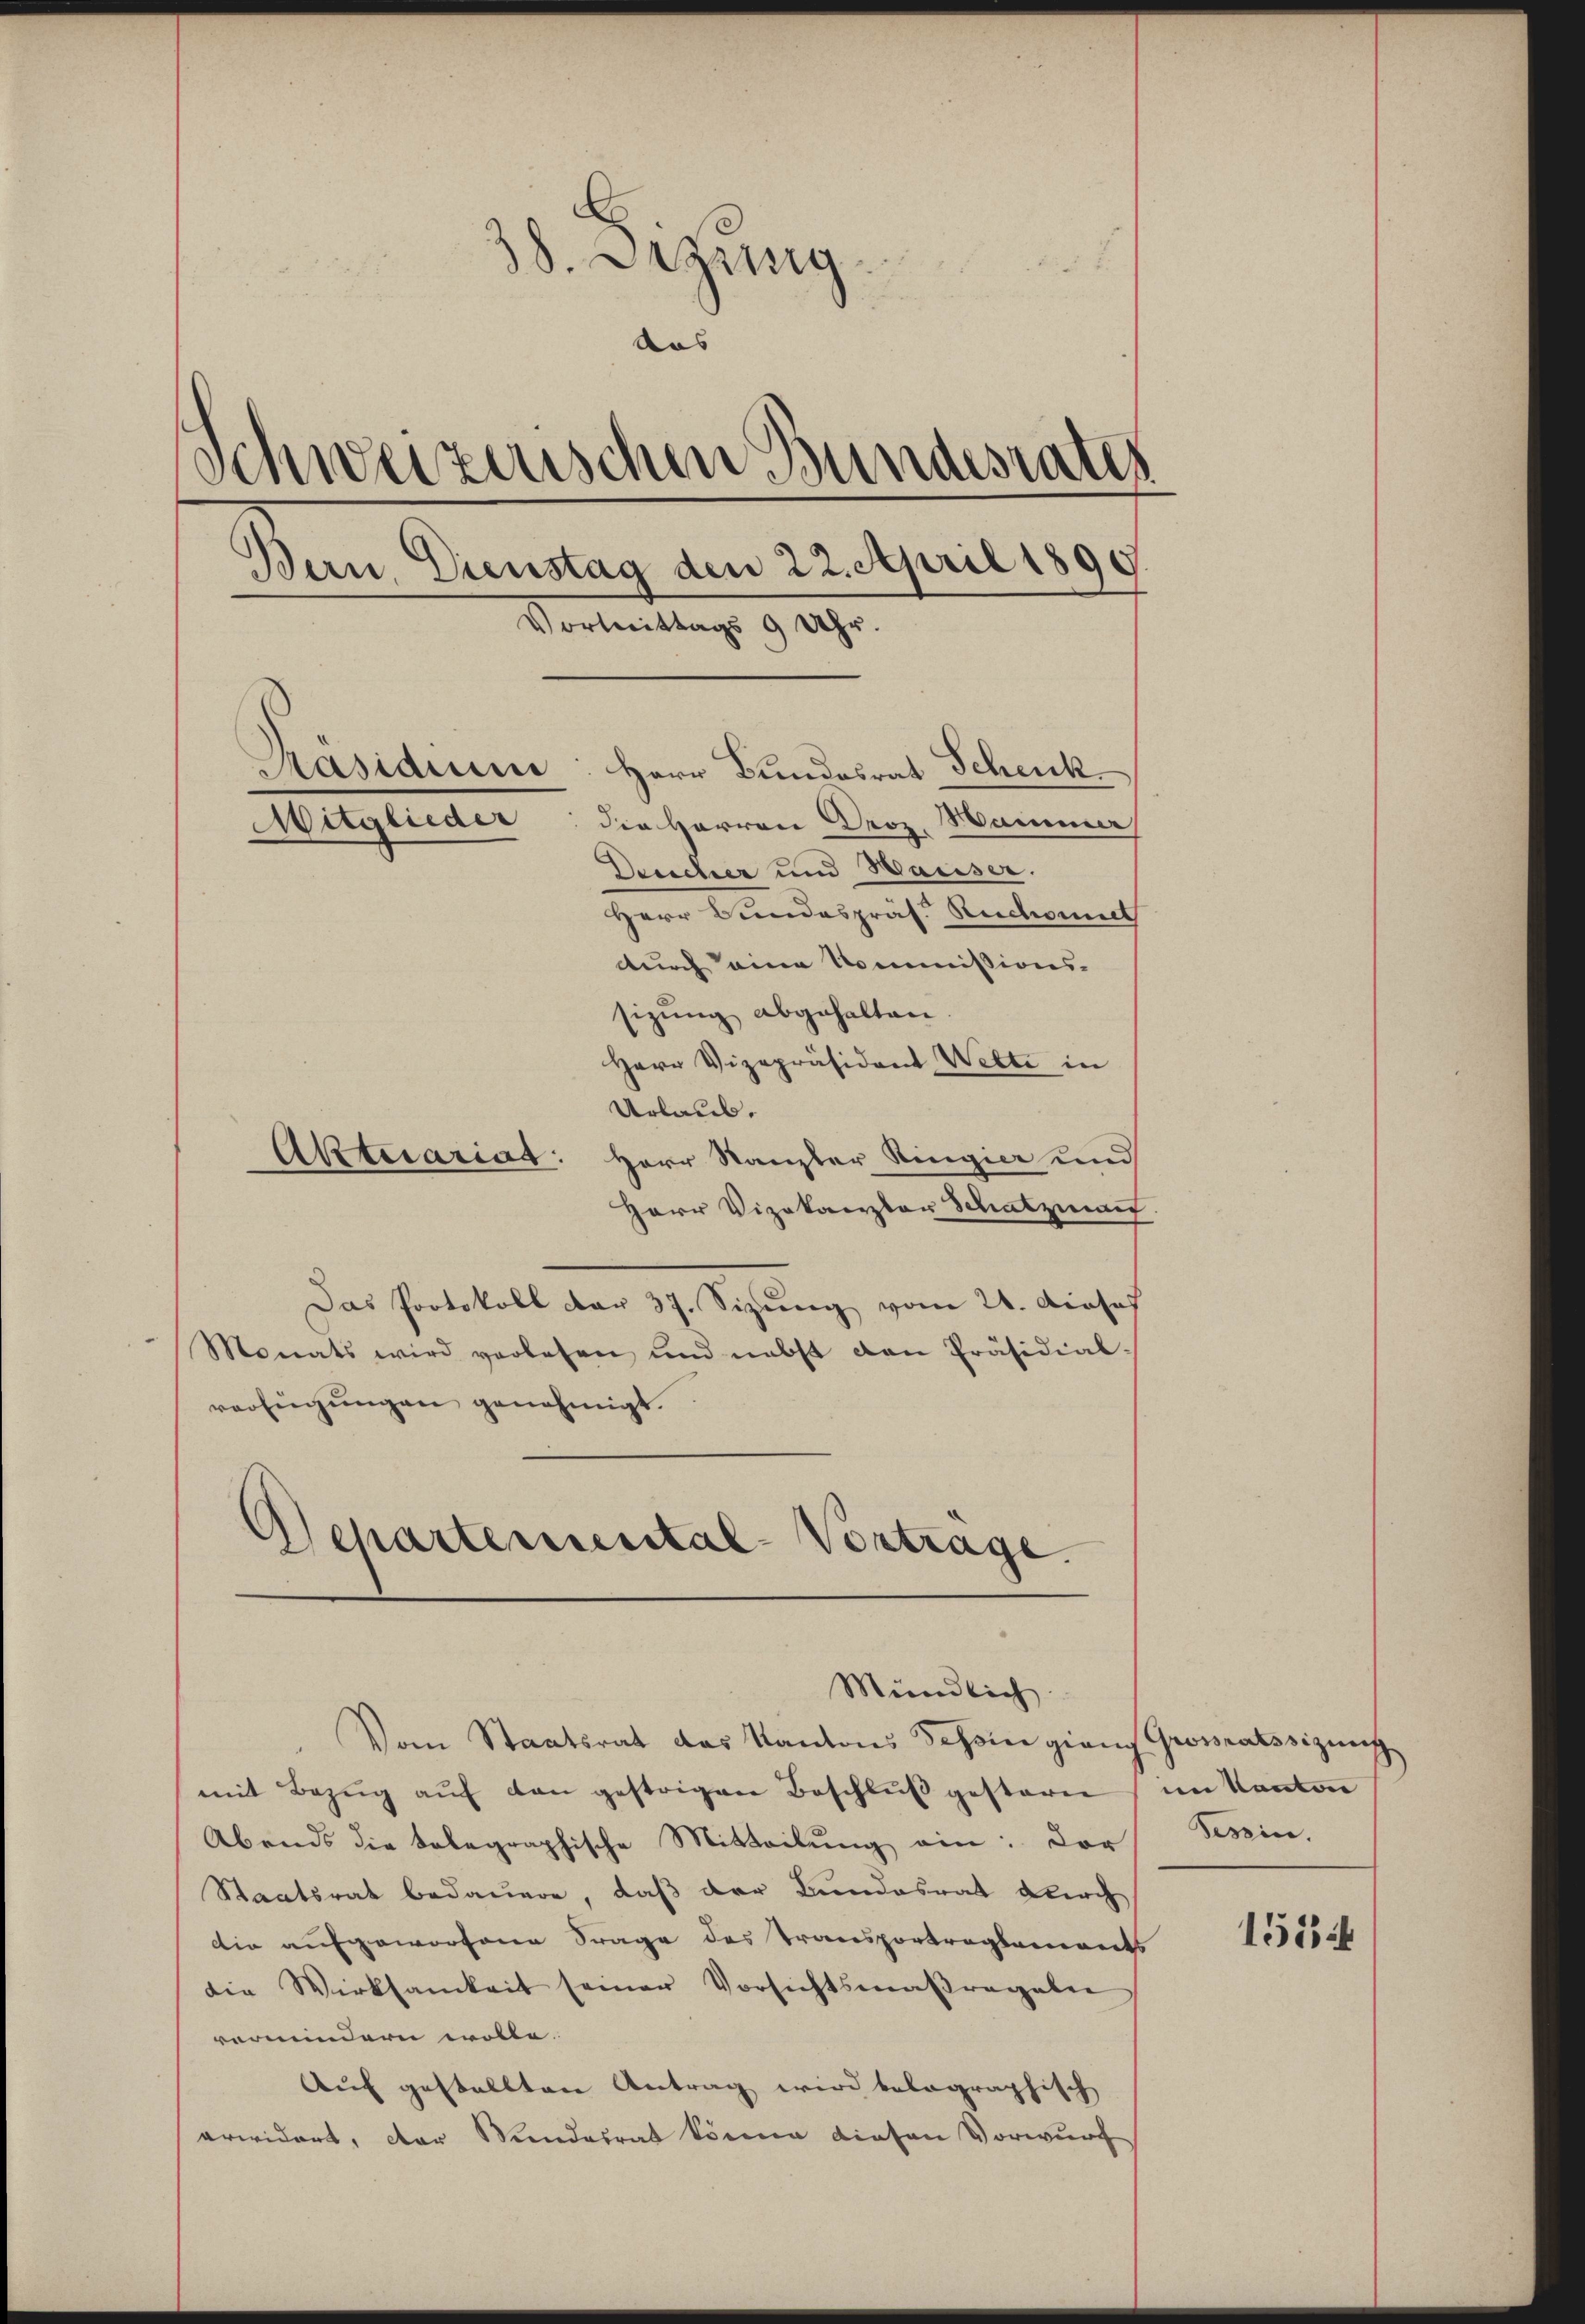
38. Dezung
dis 2.
das
Schweizerischen Bundesrates
Bern, Dienstag den 22. April 1899
Vortrittags 9 Uhr.
Präsidium: Herr Bundesrat Schenk
Mitglieder
die Herren Droz. Samme
Deucher und Hauser.
Herr Bundespräs. Ruchowit
durch eine Kommissions-
sizung abgehalten
Herr Vizepräsident Welti in

Urlaub.
Aktecariat: Herr Kanzler Ringier und
Herr Vizekanzler Schatzmai
Das Protokoll der 37. Sizung vom 21. Dieses
Monats wird verlesen und nebst den Präsidial-
verfügungen genehmigt.
Schartemental-Vortrage

Mündlich.

Vom Staatsrat das Kantons Schon gieng Grossratssizung
mit Bezŭg aŭf den gestrigen Beschlŭβ gesterne
Abends die telegraphische Mitteilŭng ein: Der
Staatsrat bedauere, daß der Bundesrat durch
din aufgeworfene Frage des Transportreglements
die Wirksamkeit seiner Vorsichtsmaßregelei
vermindern wolle.
Auf gestellten Antrag wird belographisch
erwidert, der Mendesrat könne diesen Vorwurf

im Kanton
Tessin.

1514